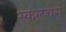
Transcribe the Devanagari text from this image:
स्कल्प्चेर्स